Annual report on the health of the army in India
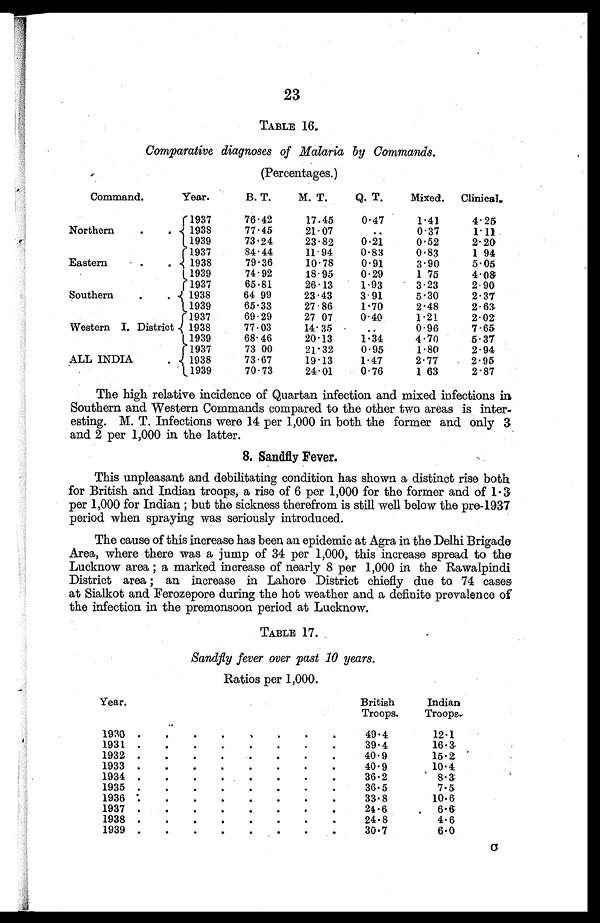
23
TABLE 16.
Comparative diagnoses of Malaria by Commands.
(Percentages.)
Command.
Year.
B. T.
M. T.
Q. T.
Mixed.
Clinical.
Northern
.
.
1937
76.42
17.45
0.47
1.41
4.25
1938
77.45
21.07
..
0.37
1.11
1939
73.24
23.82
0.21
0.52
2. 20
Eastern
.
.
1 9 3 7
84.44
11.94
0.83
0.83
1.94
1938
79.36
10.78
0.91
3.90
5.05
1 9 3 9
74.92
18.95
0.29
1 75
4.08
Southern
.
.
1937
65.81
26.13
1.93
3.23
2.90
1938
64.99
23.43
3.91
5.30
2.37
1939
65.33
27.86
1.70
2.48
2.63
Western I. District
1937
69.29
27.07
0.40
1.21
2.02
1938
77.03
14.35
. .
0.96
7.65
1939
68.46
20.13
1.34
4.70
5.37
ALL INDIA
.
1937
73.00
21.32
0.95
1.80
2.94
1938
73.67
19.13
1.47
2.77
2.95
1939
70.73
24.01
0. 76
1 63
2.87
The high relative incidence of Quartan infection and mixed infections in
Southern and Western Commands compared to the other two areas is inter-
esting. M. T. Infections were 14 per 1,000 in both the former and only 3
and 2 per 1,000 in the latter.
8. Sandfly Fever.
This unpleasant and debilitating condition has shown a distinct rise both
for British and Indian troops, a rise of 6 per 1,000 for the former and of 1.
3 p e r 1 , 0 0 0 f o r I n d i a n ; b u t t h e s i c k n e s s t h e r e f r o m i s s t i l l w e l l b e l o w t h e p r e - 1 9 3 7
period when spraying was seriously introduced.
The cause of this increase has been an epidemic at Agra in the Delhi Brigade
Area, where there was a jump of 34 per 1,000, this increase spread to the
Lucknow area ; a marked increase of nearly 8 per 1,000 in the Rawalpindi
District area ; an increase in Lahore District chiefly due to 74 cases
at Sialkot and Ferozepore during the hot weather and a definite prevalence of
the infection in the premonsoon period at Lucknow.
TABLE 17.
Sandfly fever over past 10 years.
Ratios per 1,000.
Year.
British
Troops.
Indian
Troops.
1930 .
.
.
.
.
.
.
.
49.4
12.1
1931
.
.
.
.
.
.
.
.
39.4
16.3
1932 .
.
.
.
.
.
.
40.9
15.2
1933 .
.
.
.
.
.
.
.
40.9
10.4
1934 .
.
.
.
.
.
.
.
36.2
8.3:
1935 .
.
.
.
.
.
.
.
36.5
7.5
1936 .
.
.
.
.
.
.
33.8
10.6
1937
.
.
.
.
.
.
.
.
24.6
.
6.6
1938 .
.
.
.
.
.
.
.
24.8
4.6
1939 .
.
.
.
.
.
.
30.7
6.0